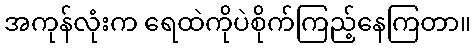
အကုန်လုံးက ရေထဲကိုပဲစိုက်ကြည့်နေကြတာ။